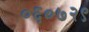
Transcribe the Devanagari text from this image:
०६०७२९